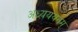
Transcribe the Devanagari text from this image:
अध्यययनम्